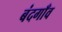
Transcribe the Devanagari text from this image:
बंदगाँव